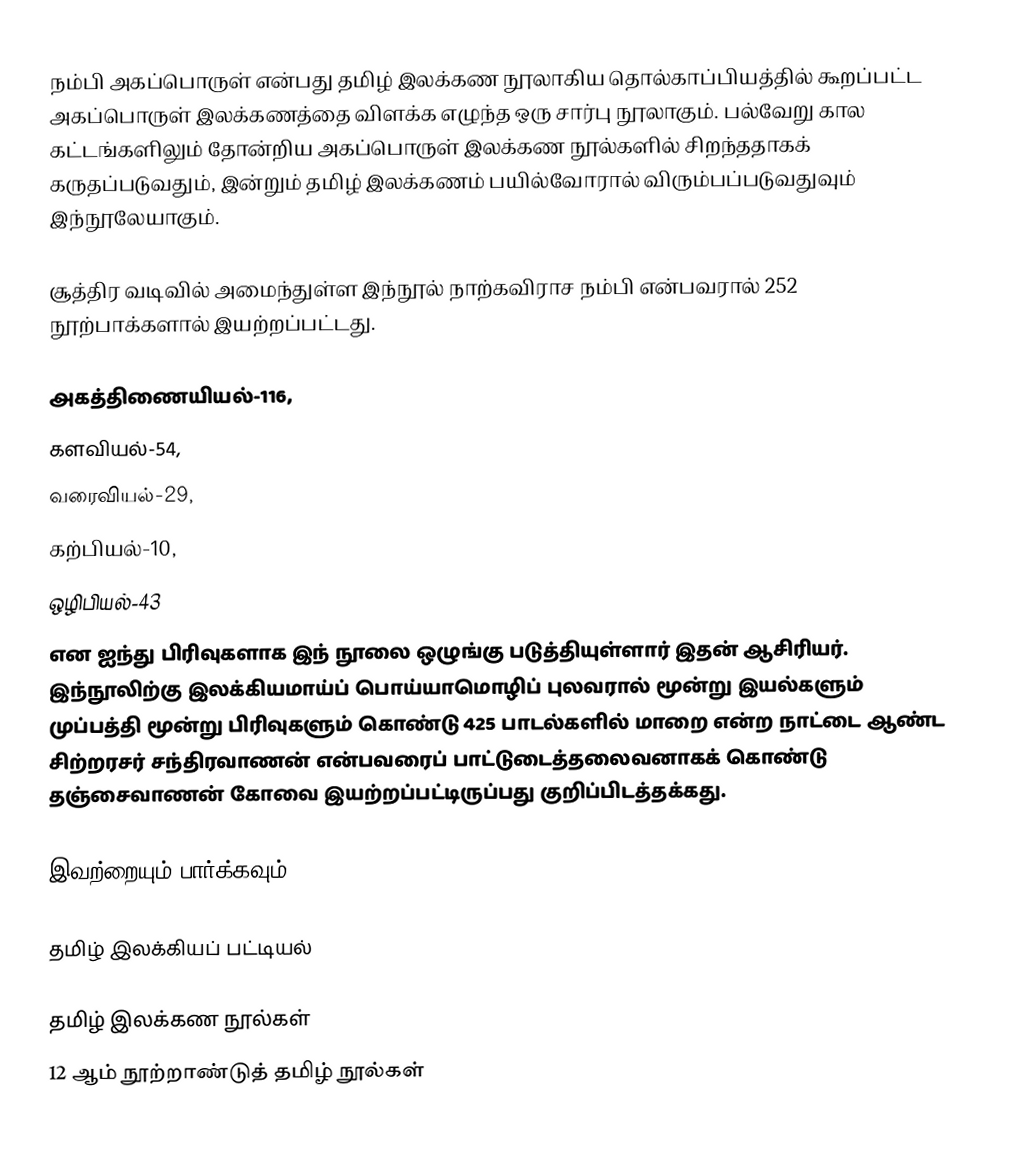
நம்பி அகப்பொருள் என்பது தமிழ் இலக்கண நூலாகிய தொல்காப்பியத்தில் கூறப்பட்ட அகப்பொருள் இலக்கணத்தை விளக்க எழுந்த ஒரு சார்பு நூலாகும். பல்வேறு கால கட்டங்களிலும் தோன்றிய அகப்பொருள் இலக்கண நூல்களில் சிறந்ததாகக் கருதப்படுவதும், இன்றும் தமிழ் இலக்கணம்  பயில்வோரால் விரும்பப்படுவதுவும் இந்நூலேயாகும்.

சூத்திர வடிவில் அமைந்துள்ள இந்நூல் நாற்கவிராச நம்பி என்பவரால் 252 நூற்பாக்களால் இயற்றப்பட்டது.

 அகத்திணையியல்-116,
 களவியல்-54,
 வரைவியல்-29,
 கற்பியல்-10,
 ஒழிபியல்-43
என ஐந்து பிரிவுகளாக இந் நூலை ஒழுங்கு படுத்தியுள்ளார் இதன் ஆசிரியர். இந்நூலிற்கு இலக்கியமாய்ப் பொய்யாமொழிப் புலவரால் மூன்று இயல்களும் முப்பத்தி மூன்று பிரிவுகளும் கொண்டு 425 பாடல்களில் மாறை என்ற நாட்டை ஆண்ட சிற்றரசர்  சந்திரவாணன் என்பவரைப் பாட்டுடைத்தலைவனாகக் கொண்டு தஞ்சைவாணன் கோவை இயற்றப்பட்டிருப்பது குறிப்பிடத்தக்கது.

இவற்றையும் பார்க்கவும்

 தமிழ் இலக்கியப் பட்டியல்

தமிழ் இலக்கண நூல்கள்
12 ஆம் நூற்றாண்டுத் தமிழ் நூல்கள்